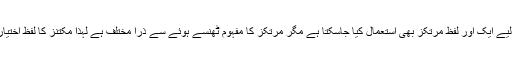
اس کے لیے ایک اور لفظ مرتکز بھی استعمال کیا جاسکتا ہے مگر مرتکز کا مفہوم ٹھنسے ہوئے سے ذرا مختلف ہے لہذا مکتنز کا لفظ اختیار کیا گیا۔